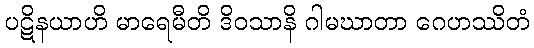
ပဋိနယာဟိ မာရေမီတိ ဒိဝသာနိ ဂါမဃာတာ ဂေဟဿိတံ